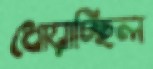
ধোয়াচ্ছিল